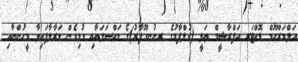
އަލްމަރްހޫމް ޑޮކްޓަރ އަފްރާޝީމް ޢަލީ (ގުލްފާމުގެ ރ.އުނގޫފާރު)ގެ މައްސަލައާއި ގުޅިގެން މަރާލާފައިވާ މީހުންނާއި